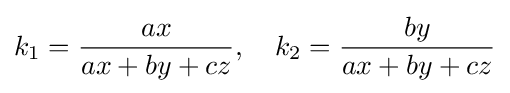
k_{1}={\frac {ax}{ax+by+cz}},\quad k_{2}={\frac {by}{ax+by+cz}}